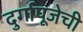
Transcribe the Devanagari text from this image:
दुर्गापूजेची